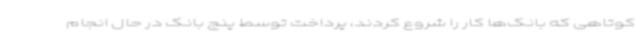
کوتاهی که بانک‌ها کار را شروع کردند، پرداخت توسط پنج بانک در حال انجام